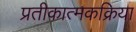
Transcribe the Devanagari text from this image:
प्रतीकात्मकक्रिया